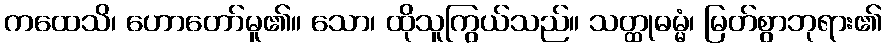
ကထေသိ၊ ဟောတော်မူ၏။ သော၊ ထိုသူကြွယ်သည်။ သတ္ထုဓမ္မံ၊ မြတ်စွာဘုရား၏